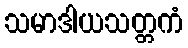
သမာဒါယသတ္တကံ